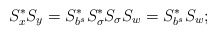
\begin{align*}S_x^*S_y=S_{b^s}^*S_{\sigma}^*S_\sigma S_w=S_{b^s}^*S_w;\end{align*}